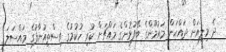
ދެ މިލިއަން ދައްކަން މައުމޫންގެ ބޭފުޅުންގެ މައްޗަށް ކުރި ހުކުމުގެ އިސްތިއުނާފުގެ މައްސަލަ